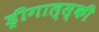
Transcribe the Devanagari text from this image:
ड्रीगाल्स्की